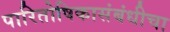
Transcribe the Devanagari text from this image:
पारितोषिकासंबंधीचा